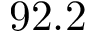
9 2 . 2